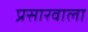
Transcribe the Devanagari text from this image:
प्रसारवाला